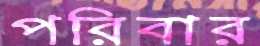
পরিবার